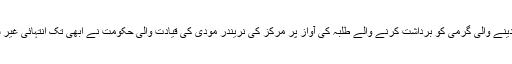
دھوپ کی شدت اور بے حال کردینے والی گرمی کو برداشت کرنے والے طلبہ کی آواز پر مرکز کی نریندر مودی کی قیادت والی حکومت نے ابھی تک انتہائی غیر سنجیدہ رویہ اختیار کر رکھا ہے۔